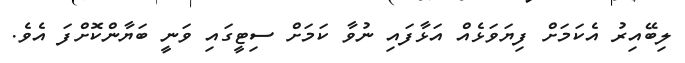
ލިބޭއިރު އެކަމަށް ފިޔަވަޅެއް އަޅާފައި ނުވާ ކަމަށް ސިޓީގައި ވަނީ ބަޔާންކޮށްފަ އެވެ.